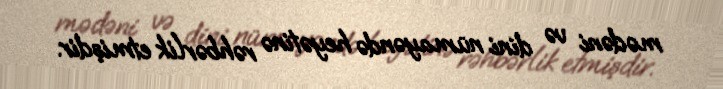
mədəni və dini nümayəndə heyətinə rəhbərlik etmişdir.